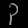
Digit: ၃